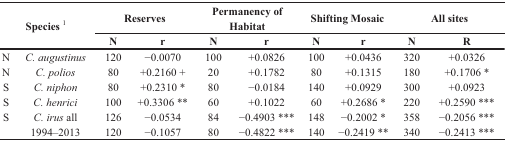
| <ROWSPAN=2-COLSPAN=2> Species 1 | <COLSPAN=2> Reserves | <COLSPAN=2> Permanency of Habitat | <COLSPAN=2> Shifting Mosaic | <COLSPAN=2> All sites |
 | N | r | N | r | N | r | N | R |
 | --- | --- | --- | --- | --- | --- | --- | --- | --- | --- |
 | N | C. augustinus | 120 | −0.0070 | 100 | +0.0826 | 100 | +0.0436 | 320 | +0.0326 |
 | N | C. polios | 80 | +0.2160 + | 20 | +0.1782 | 80 | +0.1315 | 180 | +0.1706 * |
 | S | C. niphon | 80 | +0.2310 * | 80 | −0.0184 | 140 | +0.0929 | 300 | +0.0923 |
 | S | C. henrici | 100 | +0.3306 ** | 60 | +0.1022 | 60 | +0.2686 * | 220 | +0.2590 *** |
 | S | C. irus all | 126 | −0.0534 | 84 | −0.4903 *** | 148 | −0.2002 * | 358 | −0.2056 *** |
 |  | 1994–2013 | 120 | −0.1057 | 80 | −0.4822 *** | 140 | −0.2419 ** | 340 | −0.2413 *** |